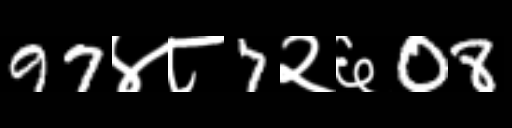
Text: 97४८7२६08